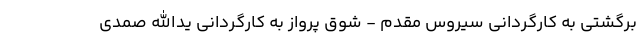
برگشتی به کارگردانی سیروس مقدم - شوق پرواز به کارگردانی یدالله صمدی